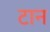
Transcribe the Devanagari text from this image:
टान